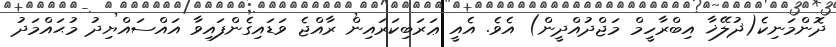
ދޮންމަނިކެ(ޛުލޭޚާ އިބްރާހީމް މަޖްދުއްދީން) އެވެ. އެއީ ޢަރަބިކަރައިން ރާއްޖެ ވަޑައިގެންފައިިވާ އައްސައްޔިދު މުޙައްމަދު